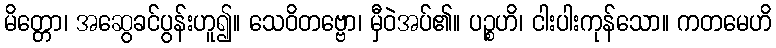
မိတ္တော၊ အဆွေခင်ပွန်းဟူ၍။ သေဝိတဗ္ဗော၊ မှီဝဲအပ်၏။ ပဉ္စဟိ၊ ငါးပါးကုန်သော။ ကတမေဟိ